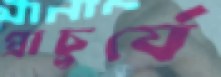
প্রাচুর্যে